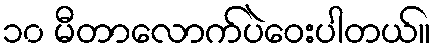
၁၀ မီတာလောက်ပဲဝေးပါတယ်။